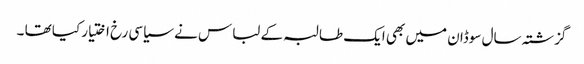
گزشتہ سال سوڈان میں بھی ایک طالبہ کے لباس نے سیاسی رخ اختیار کیا تھا ۔